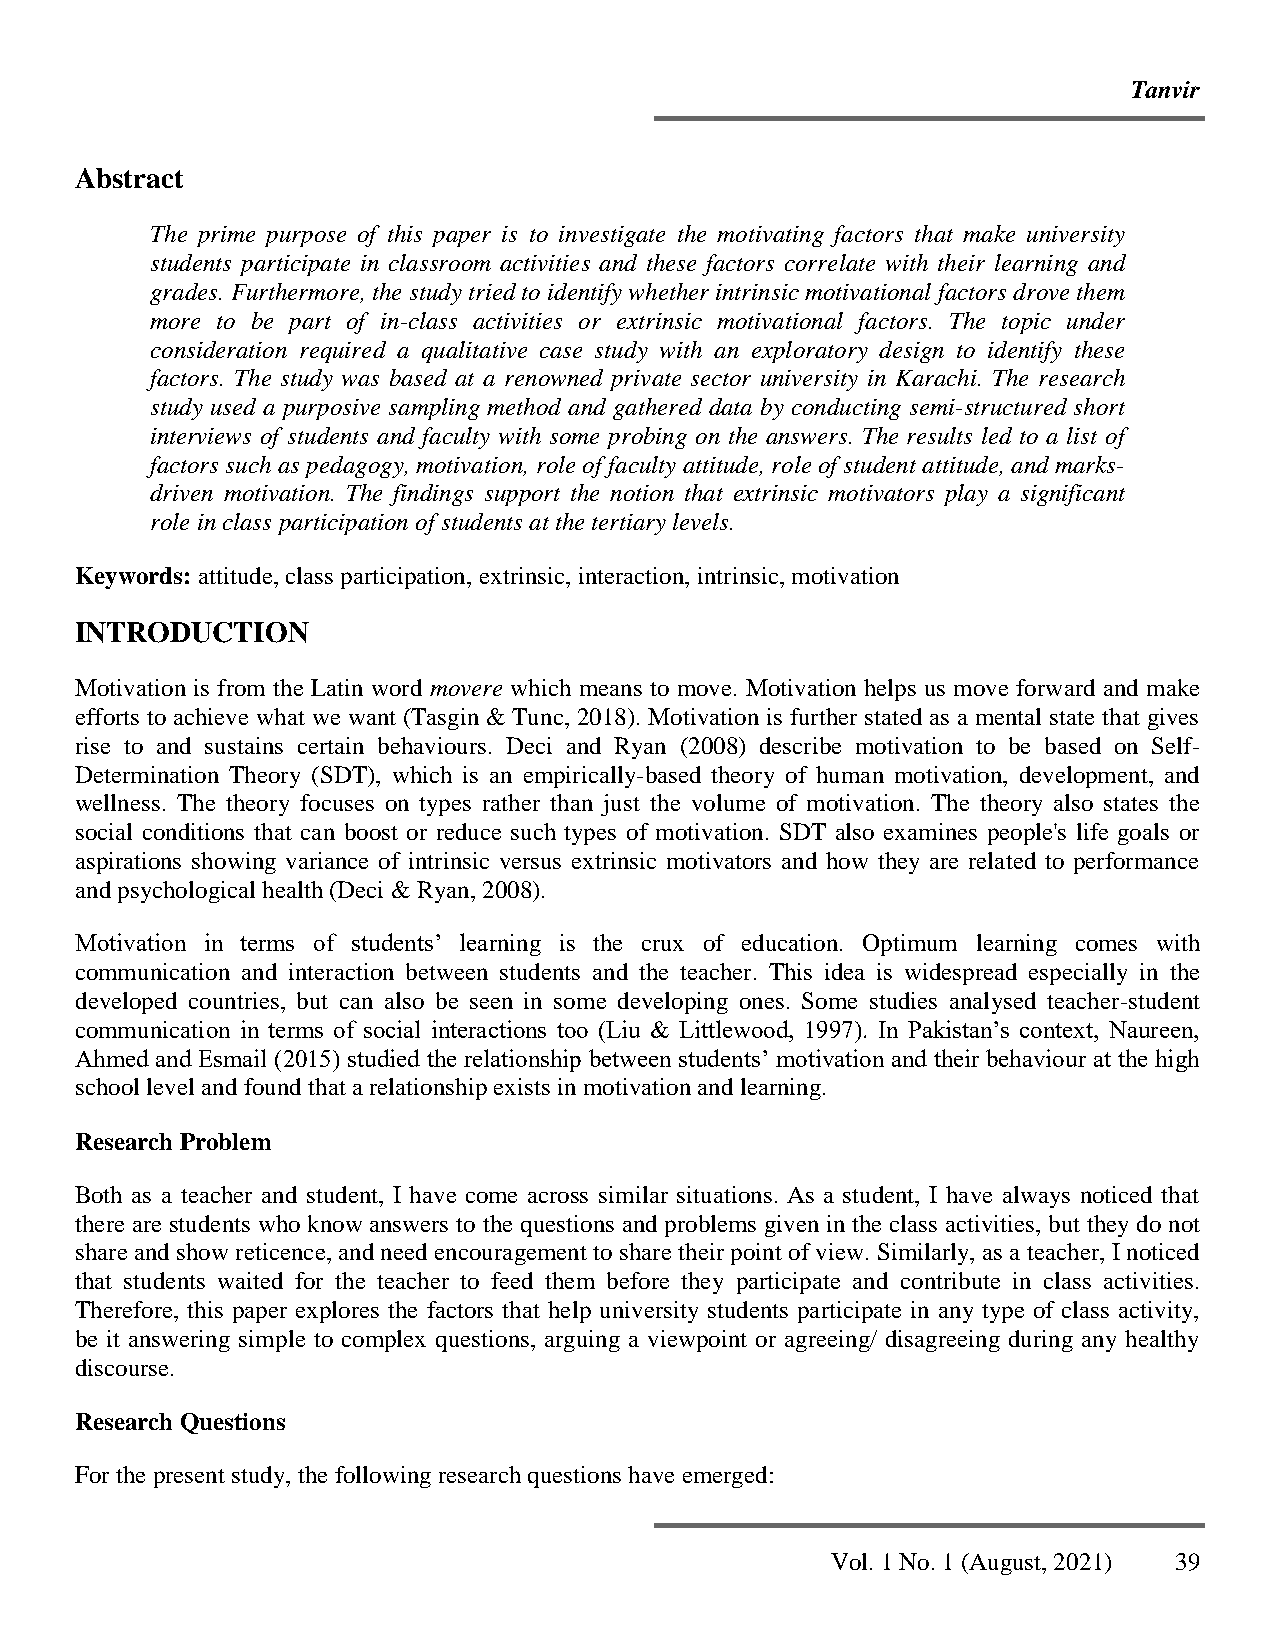
Tanvir
 Abstract
 The prime purpose of this paper is to investigate the motivating factors that make university
 students participate in classroom activities and these factors correlate with their learning and
 grades. Furthermore, the study tried to identify whether intrinsic motivational factors drove them
 more to be part of in-class activities or extrinsic motivational factors. The topic under
 consideration required a qualitative case study with an exploratory design to identify these
 factors. The study was based at a renowned private sector university in Karachi. The research
 study used a purposive sampling method and gathered data by conducting semi-structured short
 interviews of students and faculty with some probing on the answers. The results led to a list of
 factors such as pedagogy, motivation, role of faculty attitude, role of student attitude, and marks-
 driven motivation. The findings support the notion that extrinsic motivators play a significant
 role in class participation of students at the tertiary levels.
 Keywords: attitude, class participation, extrinsic, interaction, intrinsic, motivation
 INTRODUCTION
 Motivation is from the Latin word movere which means to move. Motivation helps us move forward and make
 efforts to achieve what we want (Tasgin & Tunc, 2018). Motivation is further stated as a mental state that gives
 rise to and sustains certain behaviours. Deci and Ryan (2008) describe motivation to be based on Self-
 Determination Theory (SDT), which is an empirically-based theory of human motivation, development, and
 wellness. The theory focuses on types rather than just the volume of motivation. The theory also states the
 social conditions that can boost or reduce such types of motivation. SDT also examines people's life goals or
 aspirations showing variance of intrinsic versus extrinsic motivators and how they are related to performance
 and psychological health (Deci & Ryan, 2008).
 Motivation in terms of students’ learning is the crux of education. Optimum learning comes with
 communication and interaction between students and the teacher. This idea is widespread especially in the
 developed countries, but can also be seen in some developing ones. Some studies analysed teacher-student
 communication in terms of social interactions too (Liu & Littlewood, 1997). In Pakistan’s context, Naureen,
 Ahmed and Esmail (2015) studied the relationship between students’ motivation and their behaviour at the high
 school level and found that a relationship exists in motivation and learning.
 Research Problem
 Both as a teacher and student, I have come across similar situations. As a student, I have always noticed that
 there are students who know answers to the questions and problems given in the class activities, but they do not
 share and show reticence, and need encouragement to share their point of view. Similarly, as a teacher, I noticed
 that students waited for the teacher to feed them before they participate and contribute in class activities.
 Therefore, this paper explores the factors that help university students participate in any type of class activity,
 be it answering simple to complex questions, arguing a viewpoint or agreeing/ disagreeing during any healthy
 discourse.
 Research Questions
 For the present study, the following research questions have emerged:
 Vol. 1 No. 1 (August, 2021) 39